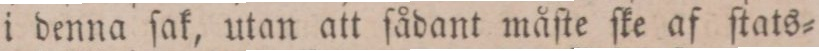
i denna ſak, utan att ſådant måſte ſke af ſtats=